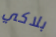
بلاكي